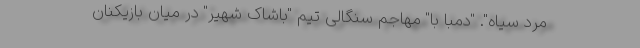
مرد سیاه". "دمبا با" مهاجم سنگالی تیم "باشاک شهیر" در میان بازیکنان